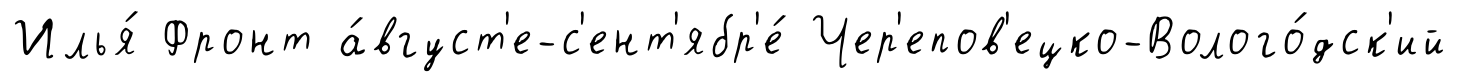
Илья́ Фронт а́вгуст'е-с'ент'ябр'е́ Чер'епов'ецко-Волого́дск'ий